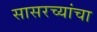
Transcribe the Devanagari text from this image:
सासरच्यांचा